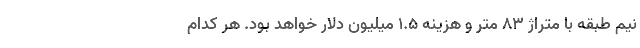
نیم طبقه با متراژ 83 متر و هزینه 1.5 میلیون دلار خواهد بود. هر کدام